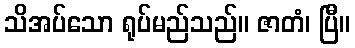
သိအပ်သော ရုပ်မည်သည်။ ဇာတံ၊ ပြီ။